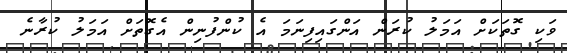
ވަކި ގޮތަކަށް އަމަލު ކުރަން އަންގައިފިނަމަ އެ ކުންފުނިން އެގޮތަށް އަމަލު ކުރާނެ